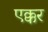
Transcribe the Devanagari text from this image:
एक्कर